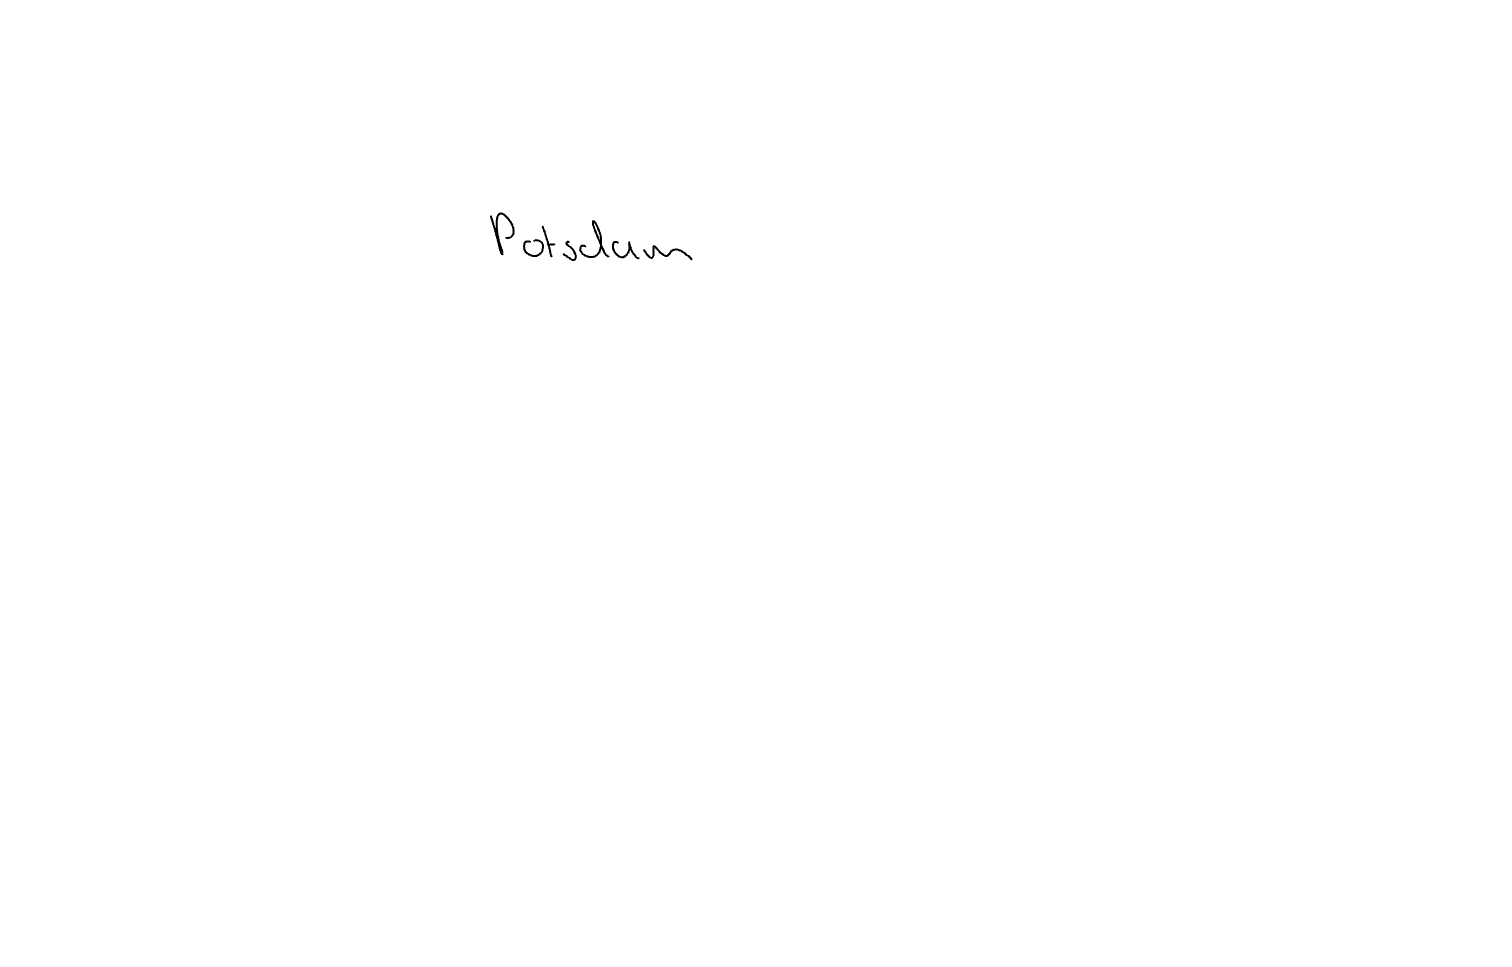
Text: Potsdam